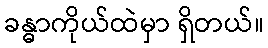
ခန္ဓာကိုယ်ထဲမှာ ရှိတယ်။